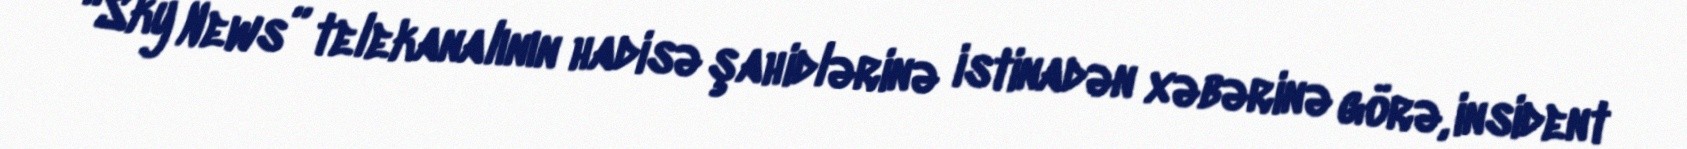
“Sky News” telekanalının hadisə şahidlərinə istinadən xəbərinə görə, insident